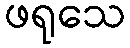
ဖရုသေ